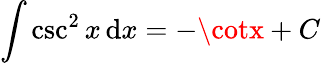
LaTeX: \int\csc^{2}x\, \mathrm{d}x=-\cotx+C